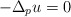
\begin{align*}-\Delta_p u = 0\end{align*}